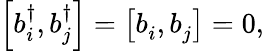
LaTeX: \left[b_{i}^{\dagger},b_{j}^{\dagger}\right]=\left[b_{i}^{\, },b_{j}^{\, }\right]=0,